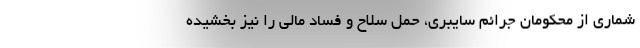
شماری از محکومانِ جرائم سایبری، حمل سلاح و فساد مالی را نیز بخشیده